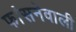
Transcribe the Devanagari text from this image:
फांसनेवाली